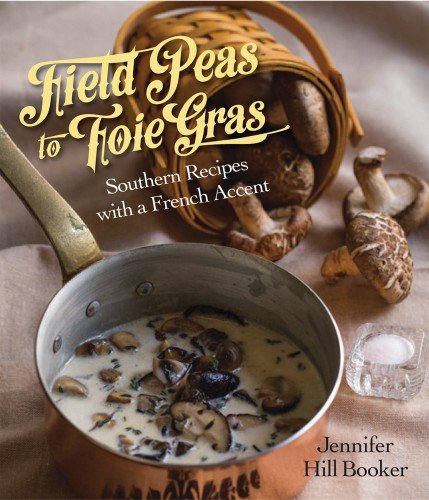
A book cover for Field Peas to Foie Gras: Southern Recipes with a French Accent; Jennifer Booker; Cookbooks, Food & Wine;